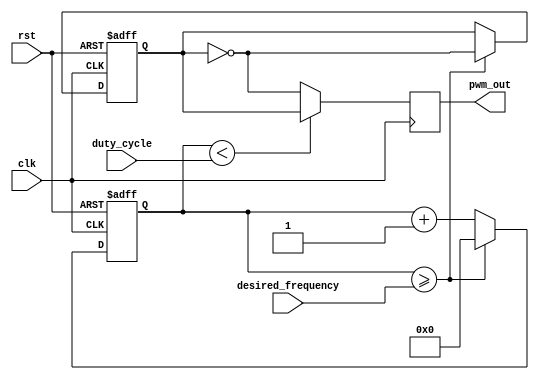
module pwm_timer(
    input wire clk,
    input wire rst,
    input wire [7:0] duty_cycle,
    input wire [15:0] desired_frequency,
    output reg pwm_out
);

reg [15:0] counter;
reg pwm_sync;

always @ (posedge clk or posedge rst) begin
    if (rst) begin
        counter <= 16'h0000;
        pwm_sync <= 1'b0;
    end else begin
        counter <= counter + 1;
        if (counter >= desired_frequency) begin
            counter <= 16'h0000;
            pwm_sync <= ~pwm_sync;
        end
    end
end

always @ (posedge clk) begin
    if (counter < duty_cycle) begin
        pwm_out <= pwm_sync;
    end else begin
        pwm_out <= ~pwm_sync;
    end
end

endmodule